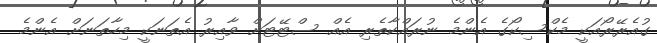
ގުއެރޭރޯއަކީ މެކްސިކޯގެ އެންމެ ނުރައްކާތެރި އެއް ސްޓޭޓަށް ވާއިރު އެތަނަކީ މިހާތަނަށް އެންމެ